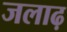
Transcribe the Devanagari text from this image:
जलाढ़